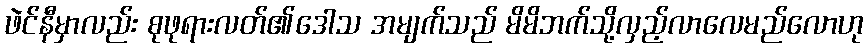
ဖဲင်နီမှာလည်း စုဖုရားလတ်၏ဒေါသ အမျက်သည် မိမိဘက်သို့လှည့်လာလေမည်လောဟု